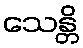
သေန္တိ